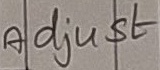
Text: Adjust